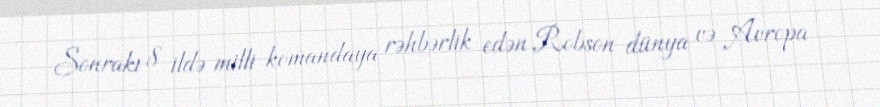
Sonrakı 8 ildə milli komandaya rəhbərlik edən Robson dünya və Avropa